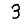
Digit: 3